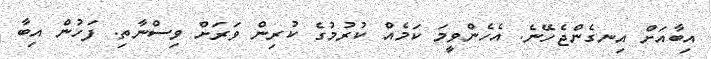
އިބާއަށް އިނގެންޖެހޭނެ. އެހެންވީމަ ކަމެއް ކުރުމުގެ ކުރިން ވަރަށް ވިސްނާތި. ފަހުން އިބާ